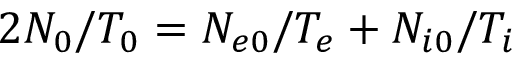
2 N _ { 0 } / T _ { 0 } = N _ { e 0 } / T _ { e } + N _ { i 0 } / T _ { i }